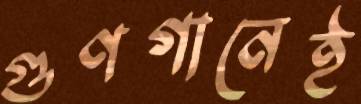
গুণগানেই